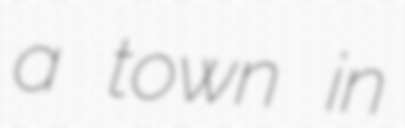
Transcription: a town in